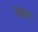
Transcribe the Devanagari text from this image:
रेदंग